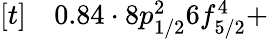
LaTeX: \begin{array}{rl}{[t]}&{{}0.84\cdot 8p_{1/2}^{2}6f_{5/2}^{4}+}\end{array}